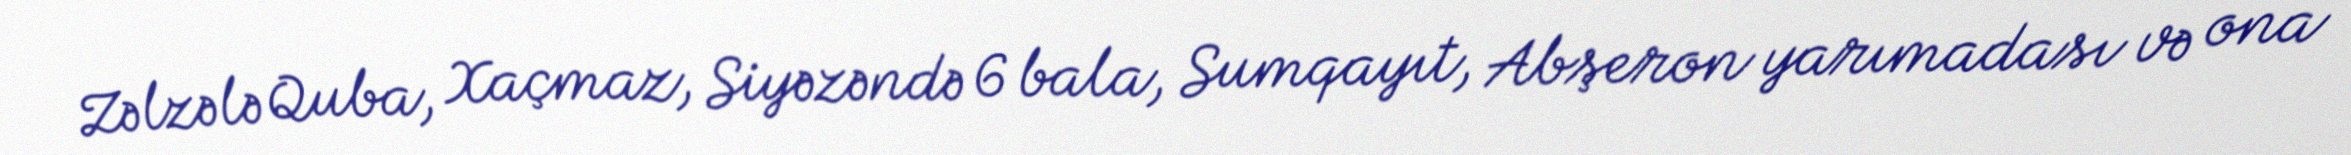
Zəlzələ Quba, Xaçmaz, Siyəzəndə 6 bala, Sumqayıt, Abşeron yarımadası və ona